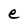
Character: e